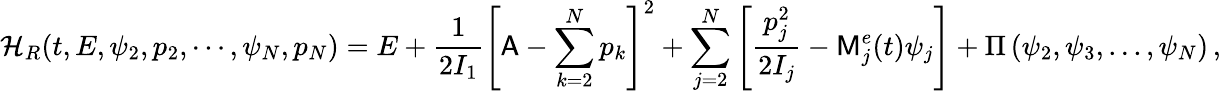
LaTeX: \mathcal{H}_{R}(t,E,\psi_{2},p_{2},\cdots,\psi_{N},p_{N})=E+\frac{1}{2I_{1}}\left[\mathsf{A}-\sum_{k=2}^{N}p_{k}\right]^{2}+\sum_{j=2}^{N}\left[\frac{p_{j}^{2}}{2I_{j}}-\mathsf{M}_{j}^{e}(t)\psi_{j}\right]+\Pi\left(\psi_{2},\psi_{3},...,\psi_{N}\right)\, ,